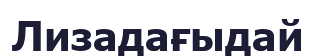
Лизадағыдай